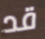
قد